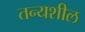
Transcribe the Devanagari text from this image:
तन्यशील